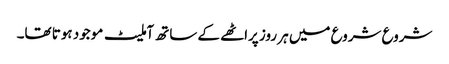
شروع شروع میں ہر روز پراٹھے کے ساتھ آملیٹ موجود ہوتا تھا۔